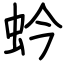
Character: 蚙